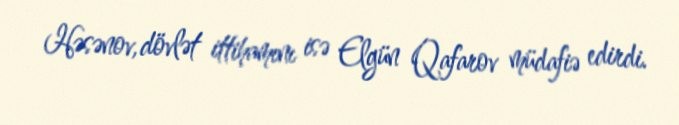
Həsənov, dövlət ittihamını isə Elgün Qafarov müdafiə edirdi.